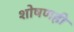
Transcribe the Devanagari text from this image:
शोषणही